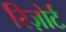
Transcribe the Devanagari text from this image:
रिज़ोर्ट